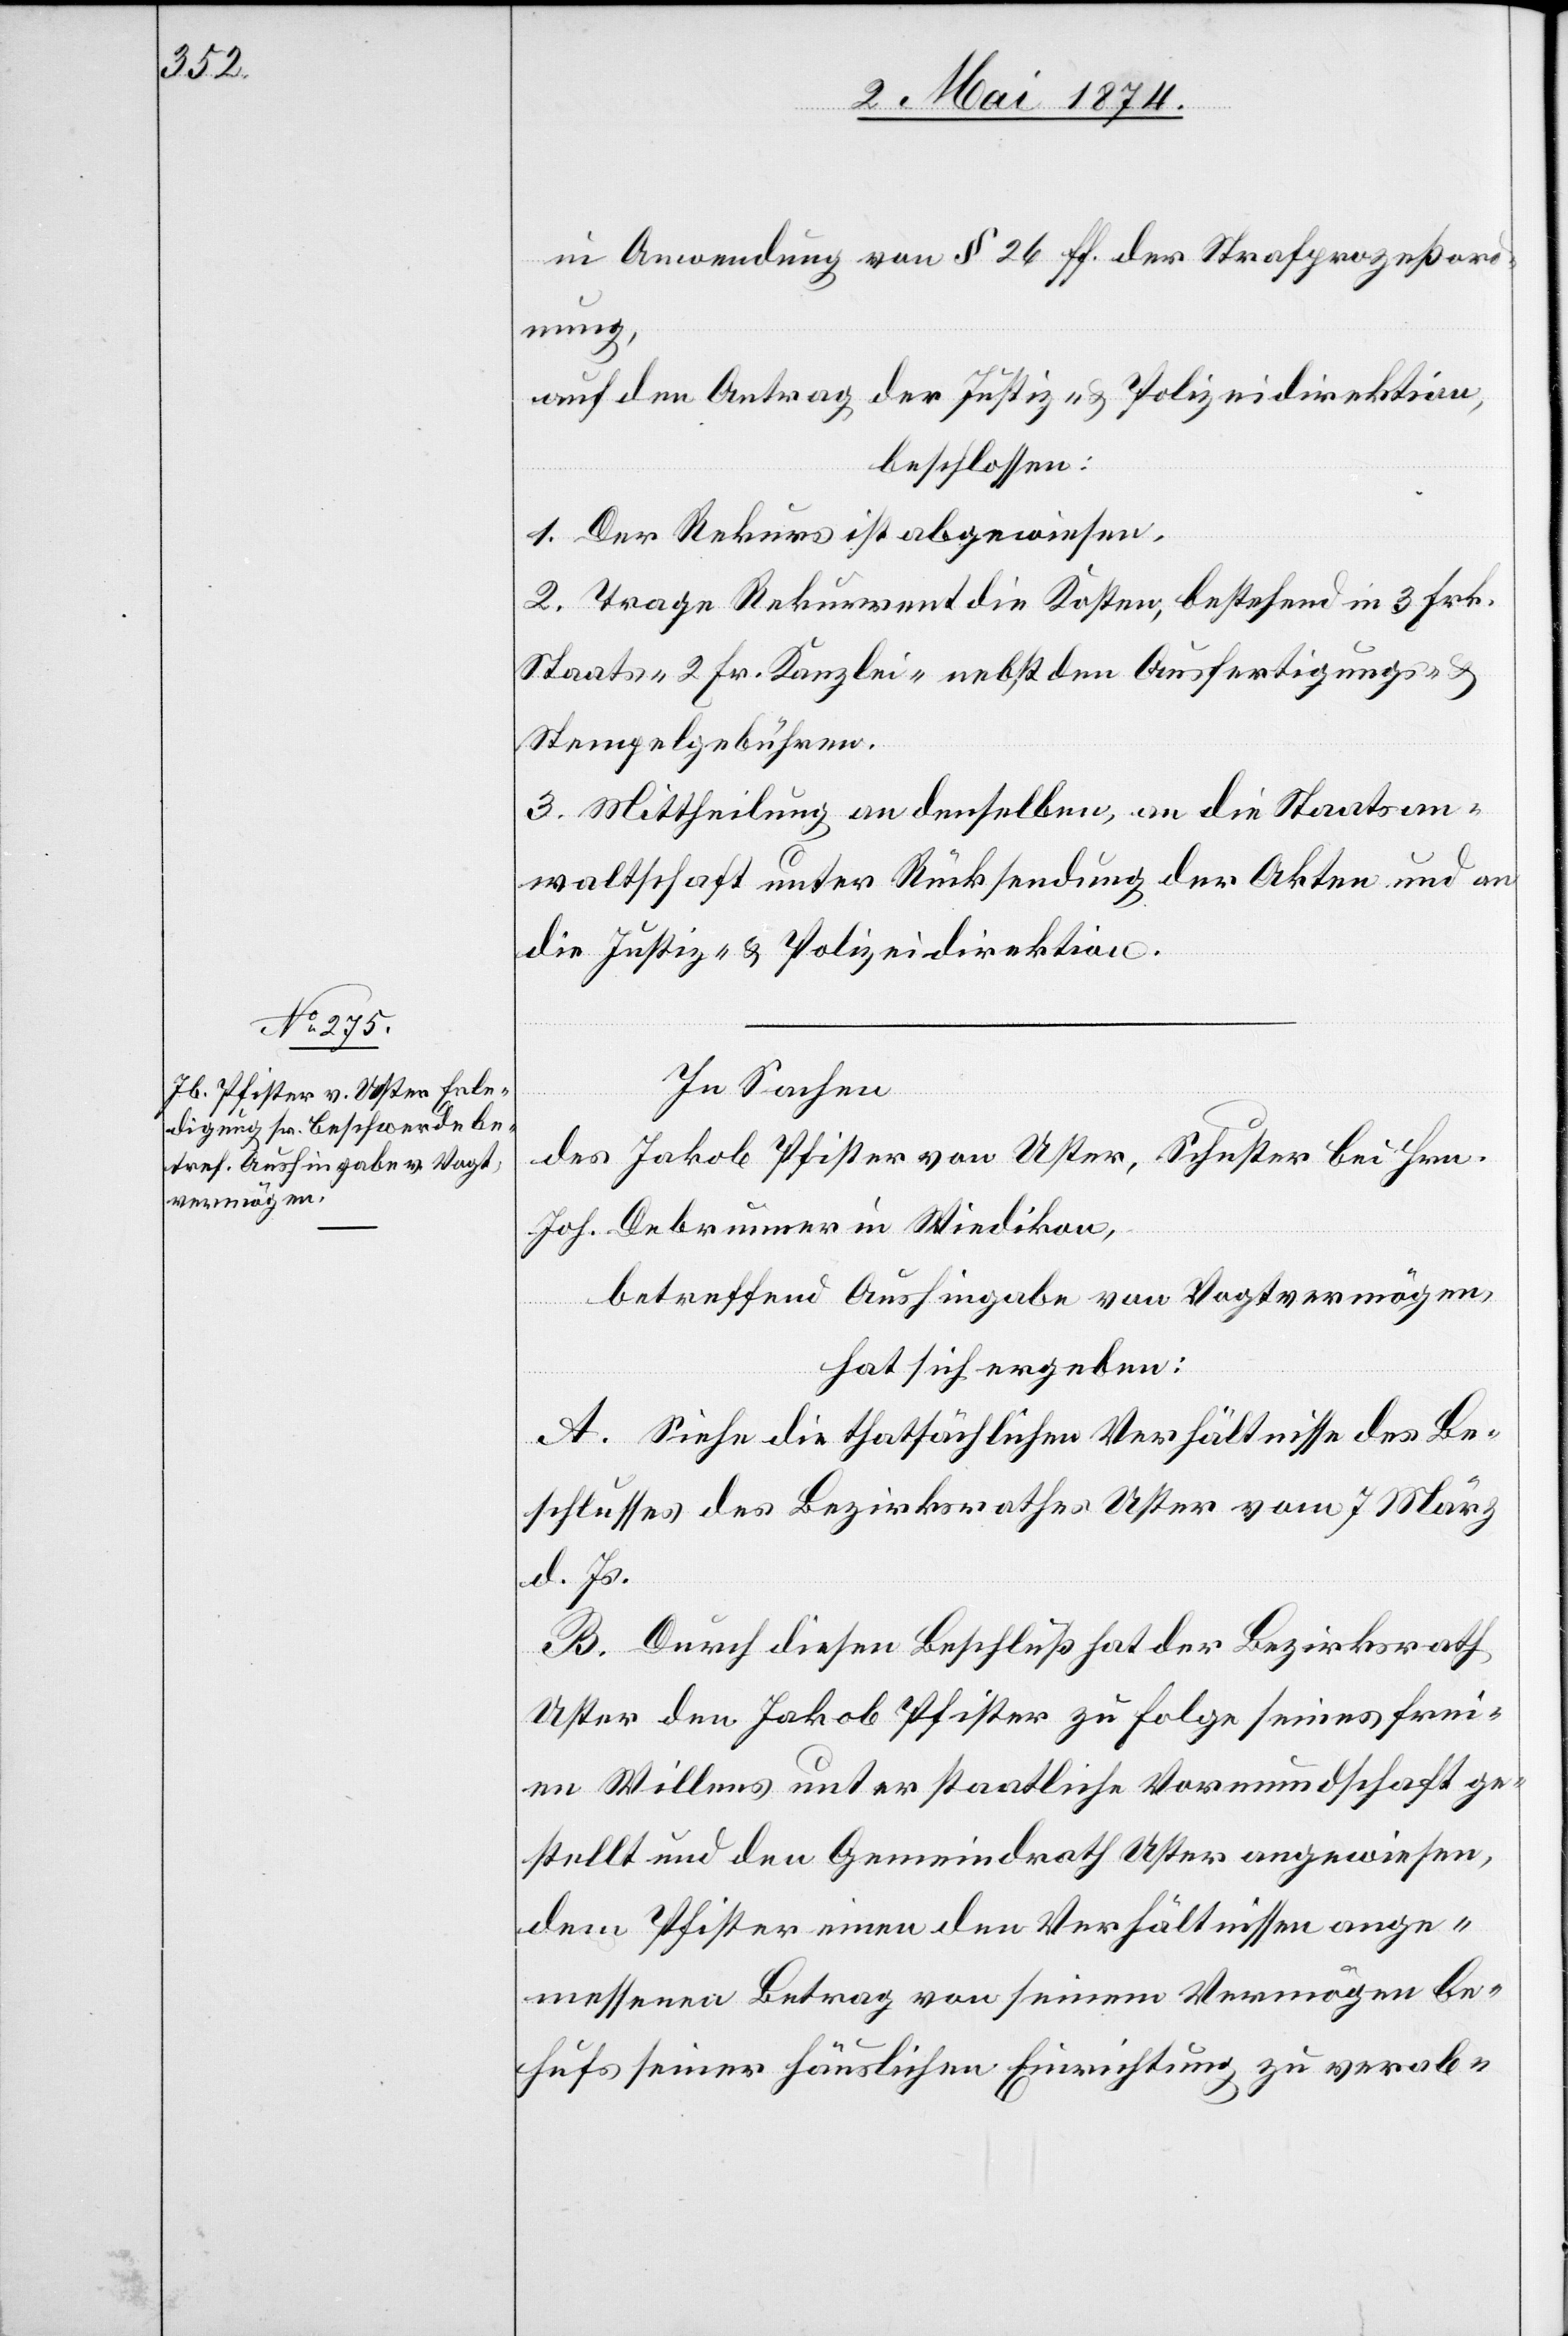
in Anwendung von § 26 ff. der Strafprozeßord¬
nung,
auf den Antrag der Justiz- u. Polizeidirektion,
beschlossen:
1. Der Rekurs ist abgewiesen.
2. Trage Rekurrent die Kosten, bestehend in 3 Frk.
Staats- [,] 2 Fr. Kanzlei- nebst, den Ausfertigungs- u.
Stempelgebühren.
3. Mittheilung an denselben, an die Staatsan¬
waltschaft unter Rücksendung der Akten und an
die Justiz- u. Polizeidirektion.
In Sachen
des Jakob Pfister von Uster, Schuster bei Hrn.
Joh. Debrunner in Wiedikon,
betreffend Aushingabe von Vogtvermögen,
hat sich ergeben:
A. Siehe die thatsächlichen Verhältnisse des Be¬
schlusses des Bezirksrathes Uster vom 7. März
d. Js.
B. Durch diesen Beschluß hat der Bezirksrath
Uster den Jakob Pfister zu folge seines frei¬
en Willens unter staatliche Vormundschaft ge¬
stellt und den Gemeindrath Uster angewiesen,
dem Pfister einen den Verhältnissen ange¬
messenen Betrag von seinem Vermögen be¬
hufs seiner häuslichen Einrichtung zu verab-